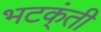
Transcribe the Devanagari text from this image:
भटक्ंती